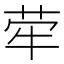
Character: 荦